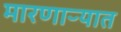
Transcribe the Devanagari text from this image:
मारणाऱ्यात